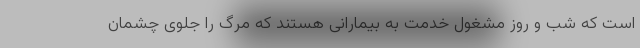
است که شب و روز مشغول خدمت به بیمارانی هستند که مرگ را جلوی چشمان